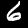
Label: 6